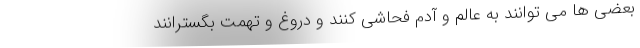
بعضی ها می توانند به عالم و آدم فحاشی کنند و دروغ و تهمت بگسترانند